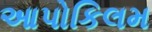
આપોકિલમ